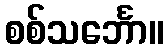
စစ်သင်္ဘော။